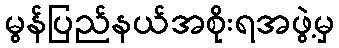
မွန်ပြည်နယ်အစိုးရအဖွဲ့မှ